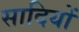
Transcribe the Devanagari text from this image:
सादियों